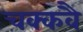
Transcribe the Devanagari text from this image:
चक्‍कवै